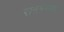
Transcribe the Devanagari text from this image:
रानमेव्यावर